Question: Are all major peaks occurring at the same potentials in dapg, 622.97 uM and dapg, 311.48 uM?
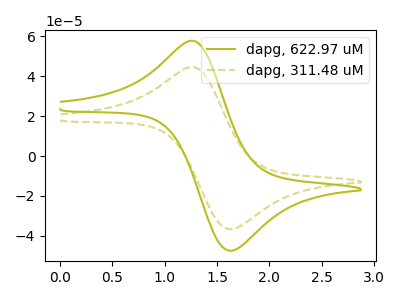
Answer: <think>The olive curve "dapg, 622.97 uM" has an anodic peak at (1.30V, 57.80uA) and a cathodic peak at (1.60V, -47.50uA). The olive dashed curve "dapg, 311.48 uM" has an anodic peak at (1.30V, 44.65uA) and a cathodic peak at (1.60V, -36.65uA).</think>
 <answer>Yes, "dapg, 622.97 uM" have a peak in "dapg, 311.48 uM" at the same potential.</answer>
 <eval>match</eval>